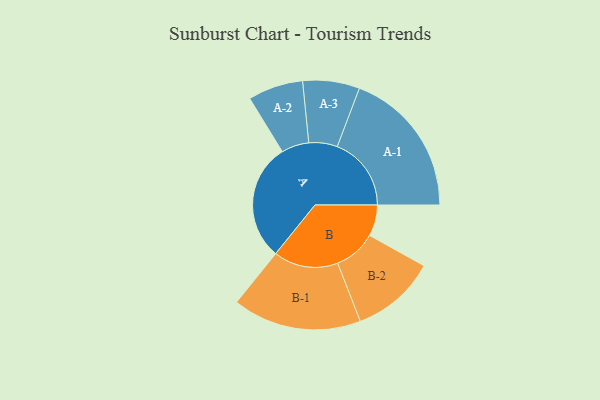
{"axis": {"x": "Segment", "y": "Value"}, "legend": ["", "A", "B"], "data": [{"x": "A", "y": 429, "type": ""}, {"x": "B", "y": 114, "type": ""}, {"x": "A-1", "y": 271, "type": "A"}, {"x": "A-2", "y": 101, "type": "A"}, {"x": "A-3", "y": 104, "type": "A"}, {"x": "B-1", "y": 236, "type": "B"}, {"x": "B-2", "y": 155, "type": "B"}]}